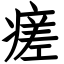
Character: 瘥